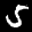
Label: 5